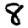
Digit: 8